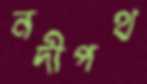
নদীপথ